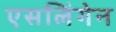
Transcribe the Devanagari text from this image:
एसलिंगेन